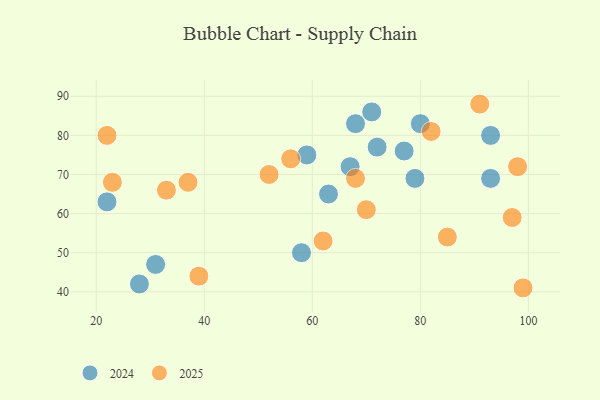
{"axis": {"x": "GDP", "y": "Life Expectancy"}, "legend": ["2024", "2025"], "data": [{"x": "98", "y": 72, "type": "2025"}, {"x": "52", "y": 70, "type": "2025"}, {"x": "91", "y": 88, "type": "2025"}, {"x": "82", "y": 81, "type": "2025"}, {"x": "99", "y": 41, "type": "2025"}, {"x": "85", "y": 54, "type": "2025"}, {"x": "22", "y": 80, "type": "2025"}, {"x": "39", "y": 44, "type": "2025"}, {"x": "37", "y": 68, "type": "2025"}, {"x": "23", "y": 68, "type": "2025"}, {"x": "56", "y": 74, "type": "2025"}, {"x": "70", "y": 61, "type": "2025"}, {"x": "97", "y": 59, "type": "2025"}, {"x": "68", "y": 69, "type": "2025"}, {"x": "33", "y": 66, "type": "2025"}, {"x": "62", "y": 53, "type": "2025"}, {"x": "68", "y": 83, "type": "2024"}, {"x": "58", "y": 50, "type": "2024"}, {"x": "72", "y": 77, "type": "2024"}, {"x": "28", "y": 42, "type": "2024"}, {"x": "93", "y": 80, "type": "2024"}, {"x": "93", "y": 69, "type": "2024"}, {"x": "80", "y": 83, "type": "2024"}, {"x": "79", "y": 69, "type": "2024"}, {"x": "71", "y": 86, "type": "2024"}, {"x": "31", "y": 47, "type": "2024"}, {"x": "59", "y": 75, "type": "2024"}, {"x": "63", "y": 65, "type": "2024"}, {"x": "77", "y": 76, "type": "2024"}, {"x": "67", "y": 72, "type": "2024"}, {"x": "22", "y": 63, "type": "2024"}]}